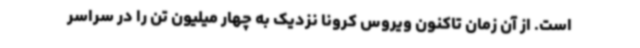
است. از آن زمان تاکنون ویروس کرونا نزدیک به چهار میلیون تن را در سراسر